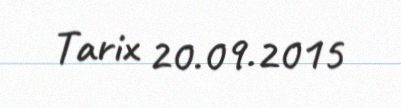
Tarix 20.09.2015